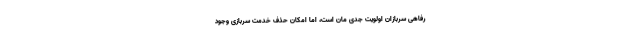
رفاهی سربازان اولویت جدی مان است، اما امکان حذف خدمت سربازی وجود